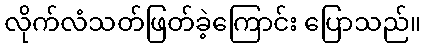
လိုက်လံသတ်ဖြတ်ခဲ့ကြောင်း ပြောသည်။